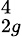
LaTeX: _{2g}^{4}